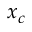
x _ { c }